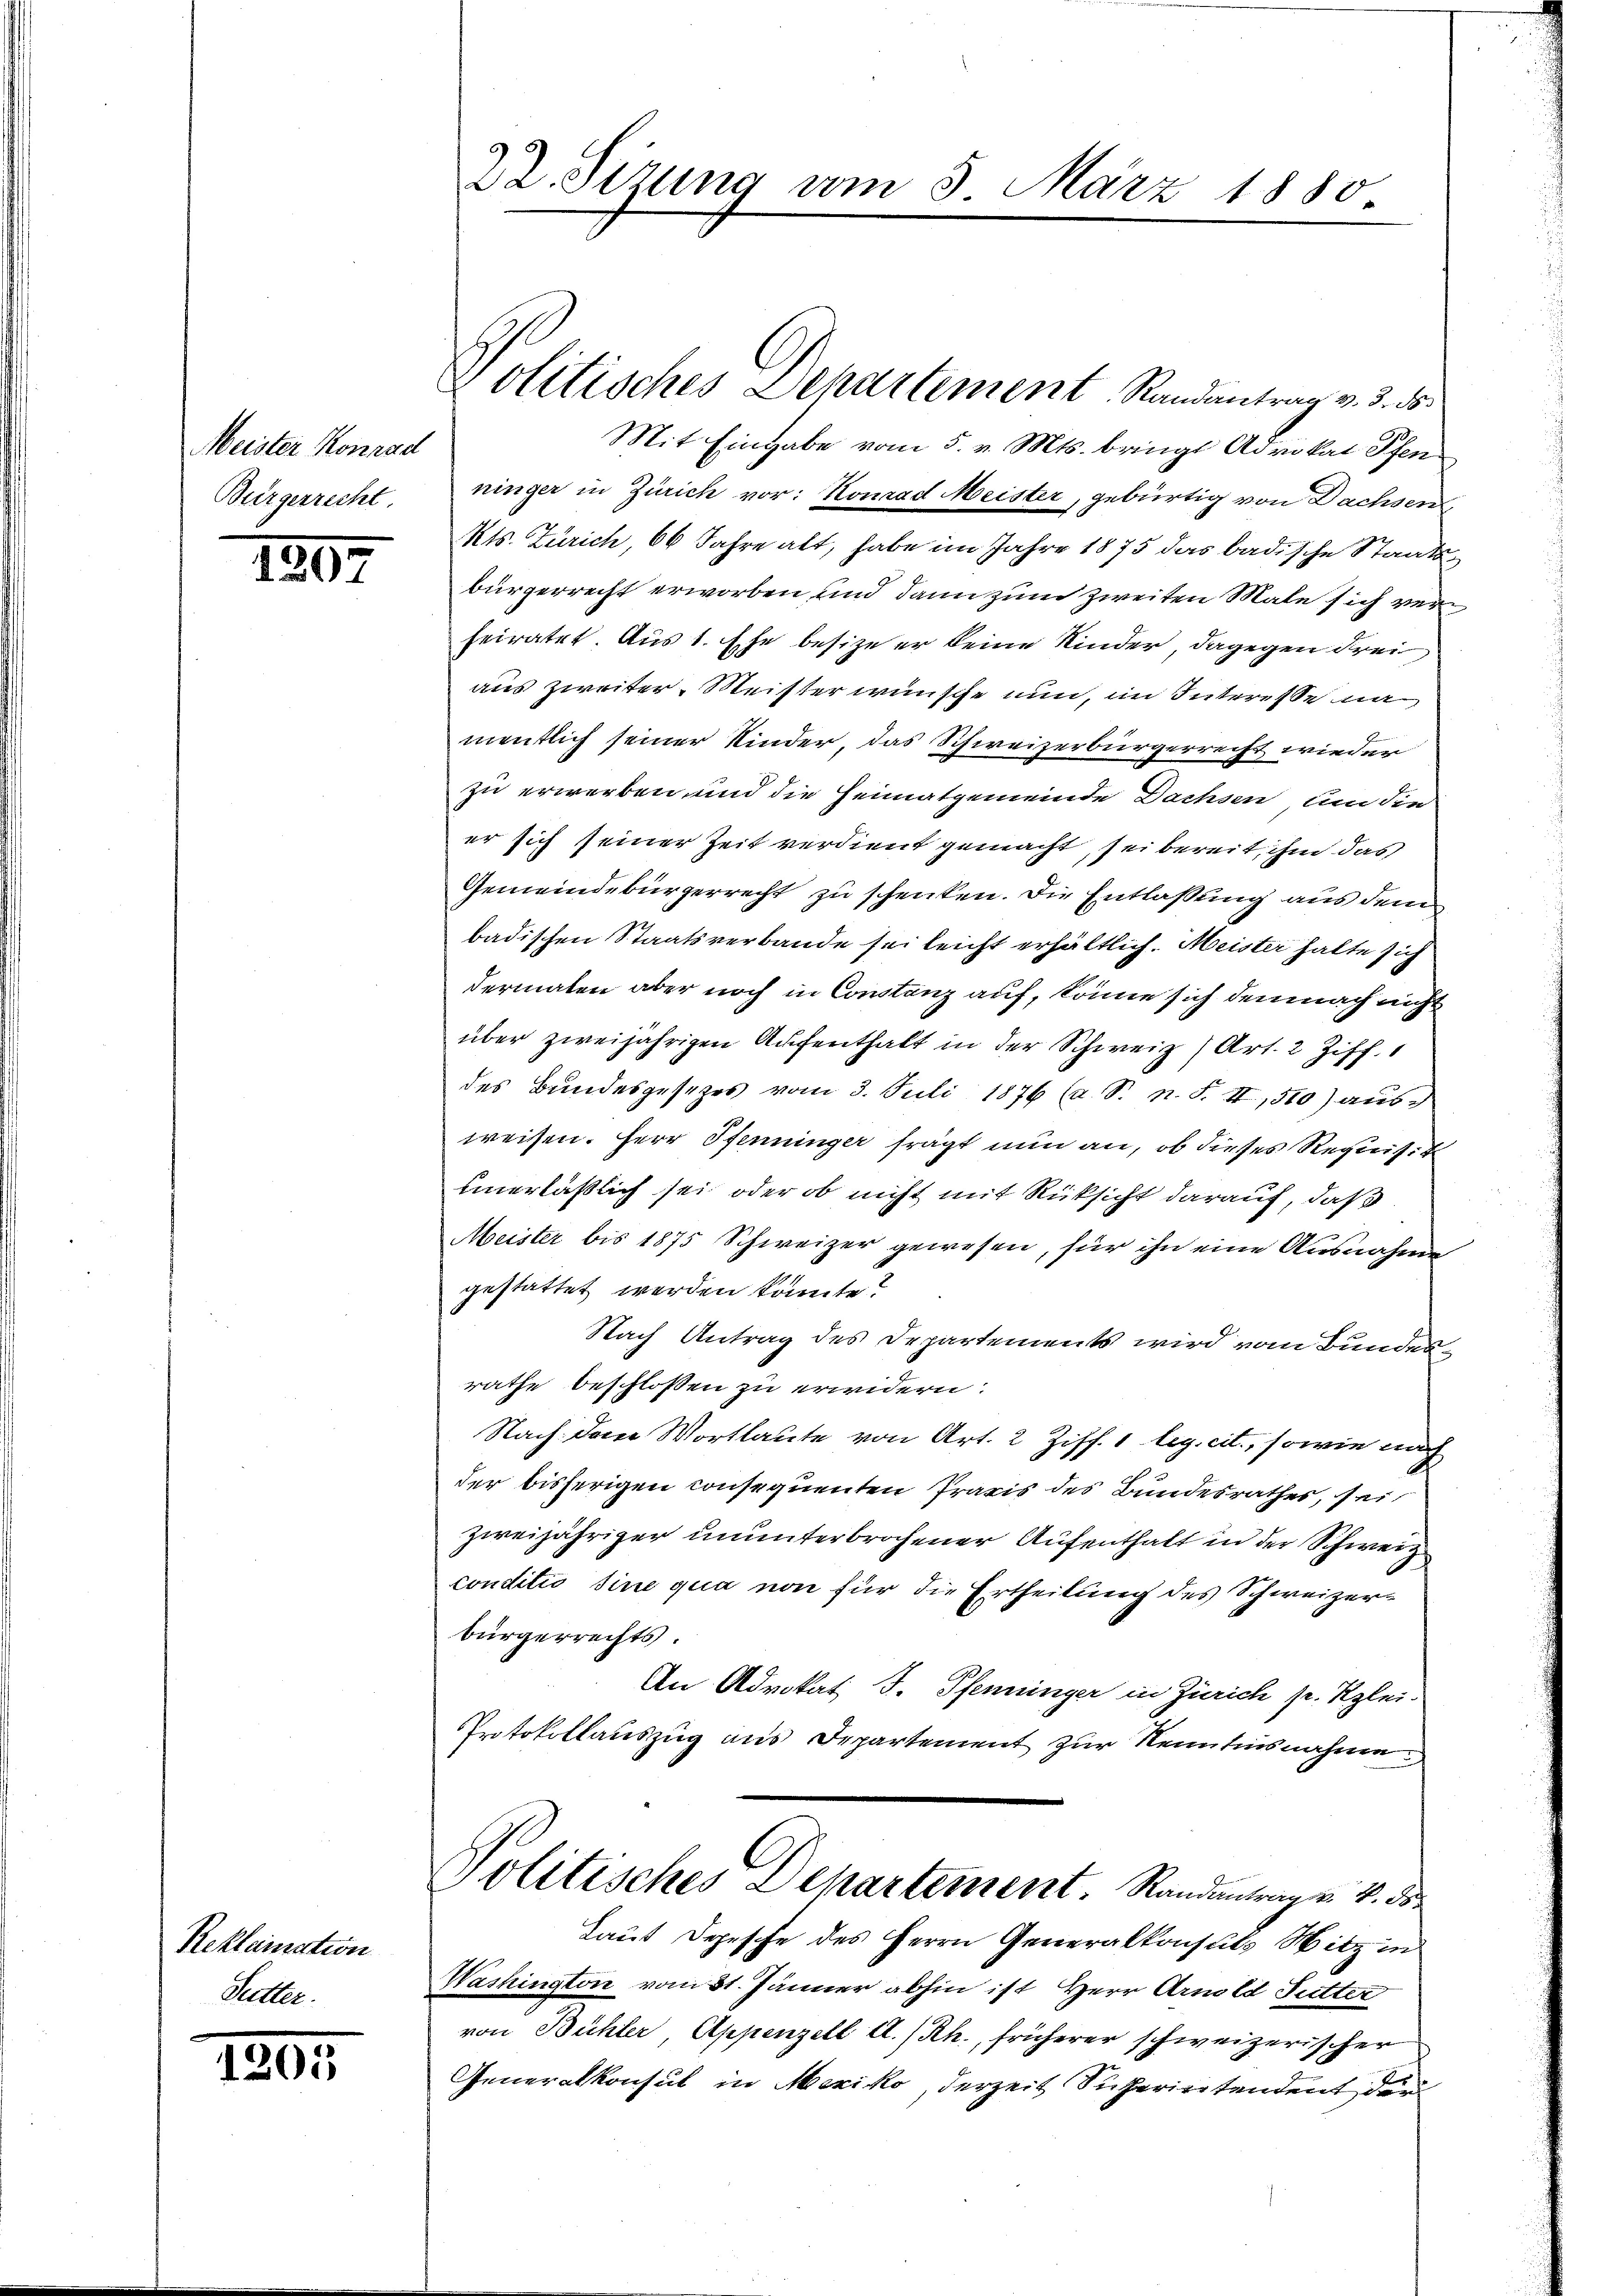
Meister Konrad
Bürgerrecht

1205

1807

Reklamation
Suetter.

22. Sizung vom 5. März 1880.

Mit Eingabe vom 5. v. Mts. bringt Advokat Schen
ninger in Zürich vor: Konrad Meister, gebürtig von Dachsen
Kts. Zürich, 66 Jahre alt, habe im Jahre 1875 das badische Staatsbürgerrecht erworben und dann zum Zweiten Mate sich ver
heiratet Aus 1. Ehe besize er keine Kinder, dagegen Frei
aus zweiter Meister wünsche nun, im Interesse na
mentlich seiner Kinder, das Schweizerbürgerrecht wieder
zu erwerben und die Heimatgemeinde Dachsen um die
er sich seiner Zeit verdient gemacht, sei bereit, ihm das
Gemeindebürgerrecht zu schenken. Die Entlaßung aus den
badischen Staatsverbande sei leicht erhältlich. Meister halte sich
dermalen aber noch in Constanz auf, könne sich demnach nicht
über zweijährigen Aufenthalt in der Schweiz (Art. 2 Ziff.
des Bundesgesezes vom 3. Juli 1876 (a. S. n. F. II, 510) aus
weisen. Herr Pfenninger fragt nun an, ob dieses Requisit
einerläßlich sei, oder ob nicht mit Rücksicht darauf, daß
Meister bis 1875 Schweizer gewesen, für ihn eine Ausnahme
gestattet werden könnte?
Nach Antrag des Departements wird vom Bundesrathe beschlossen zu erwidern:
Nach dem Wortlaute von Art. 2 Ziff. 1. leg. cit., sowie nach
der bisherigen consequenten Praxis des Bundesrathes, sei,
zweijähriger ununterbrochener Aufenthalt in der Schweiz
conditio sine qua non für die Ertheilung des Schweizerbürgerrechts.
An Advokat J. Pfenninger in Zürich s. Klei-
Protokollauszug aus Departement zur Kenntnisnahme
Politisches Departement. Randantrag v. 4. ds.
Laut Depesche des Herrn Generalkonsuls Witz in
Washington vom 31. Jänner abhin ist Herr Arnold Futter
von Bühler, Appenzell A.-Rh., früherer schweizerischer
Generalkonsul in Mexiko, derzeit Sicherintendent der

Politisches Departement Randantrag v. 3. ds.